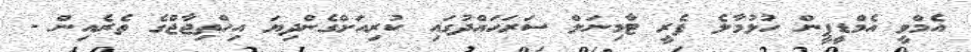
އެމްވީ އެމްޑީޕީން ހުޅުމާލެ ފެރީ ޓާމިނަލް ސަރަހައްދުގައި ކުރިއަށްގެންދިޔަ އިހްތިޖާޖްގެ ތެރެއިން -